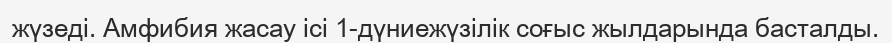
жүзеді. Амфибия жасау ісі 1-дүниежүзілік соғыс жылдарында басталды.